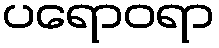
ပရောဝရာ